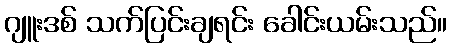
ဂျူးဒစ် သက်ပြင်းချရင်း ခေါင်းယမ်းသည်။